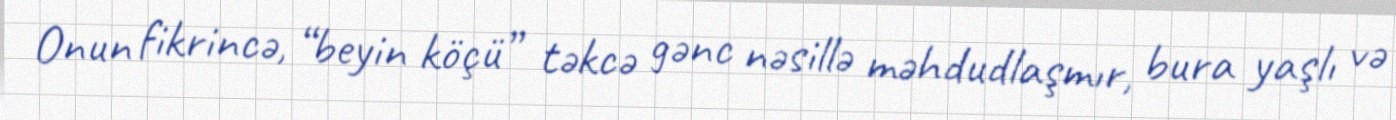
Onun fikrincə, “beyin köçü” təkcə gənc nəsillə məhdudlaşmır, bura yaşlı və